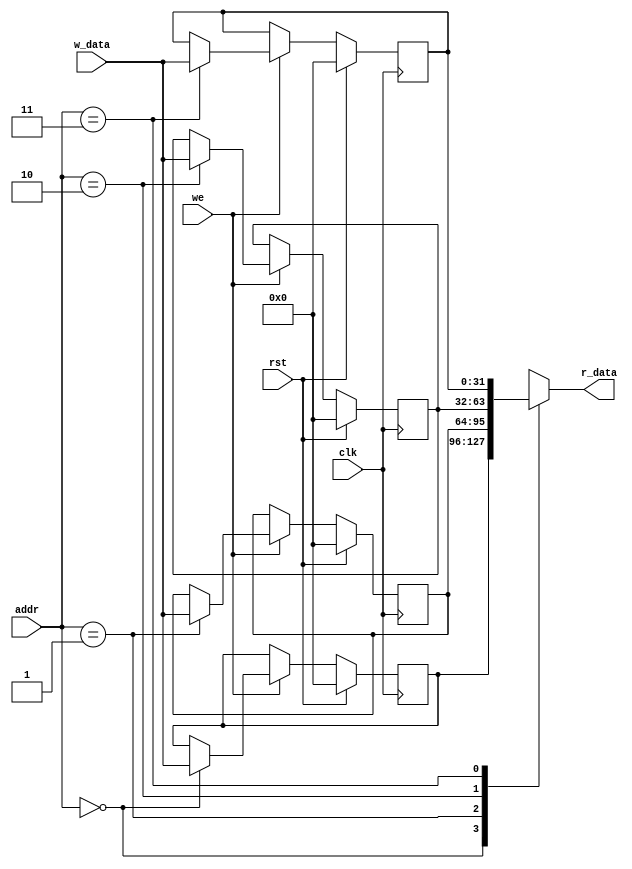
// This program was cloned from: https://github.com/IObundle/iob-mem
// License: MIT License

`timescale 1 ns / 1 ps

module iob_regfile_sp
  #(
    parameter ADDR_W = 2,
    parameter DATA_W = 32
    )
   (
    input               clk,
    input               rst,

    input               we,
    input [ADDR_W-1:0]  addr,
    input [DATA_W-1:0]  w_data,
    output [DATA_W-1:0] r_data
    );

   reg [DATA_W-1:0]     reg_file [2**ADDR_W-1:0];

   //read
   assign r_data = reg_file[addr];

   //write
   genvar               i;
   generate
      for (i=0; i < 2**ADDR_W; i=i+1) begin: register_file
         always @(posedge clk)
           if (rst)
             reg_file[i] <= {DATA_W{1'b0}};
           else if (we)
             if (addr == i)
               reg_file[i] <= w_data;
        end
   endgenerate

endmodule